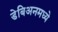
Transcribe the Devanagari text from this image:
डेबिअनमध्ये